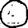
Digit: 0